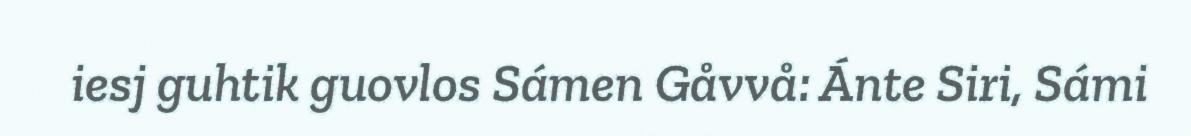
iesj guhtik guovlos Sámen Gåvvå: Ánte Siri, Sámi